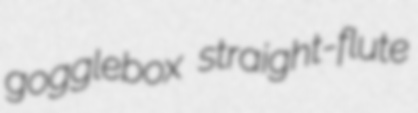
gogglebox straight-flute